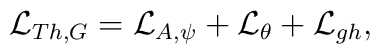
{\cal L}_{Th,G}={\cal L}_{A,\psi}+{\cal L}_{\theta}+{\cal L}_{gh},